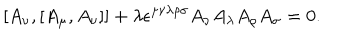
LaTeX: [ A _ { \nu } , [ A _ { \mu } , A _ { \nu } ] ] + \lambda \epsilon ^ { \mu \nu \lambda \rho \sigma } A _ { \nu } A _ { \lambda } A _ { \rho } A _ { \sigma } = 0 .